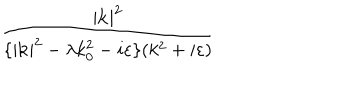
\frac { | \mathbf { k } | ^ { 2 } } { \{ | \mathbf { k } | ^ { 2 } - \lambda k _ { 0 } ^ { 2 } - i \varepsilon \} ( k ^ { 2 } + i \varepsilon ) }